Annual report on the Civil Veterinary Department, Burma (including the Insein Veterinary School) - 1923-1931
Year: 1923
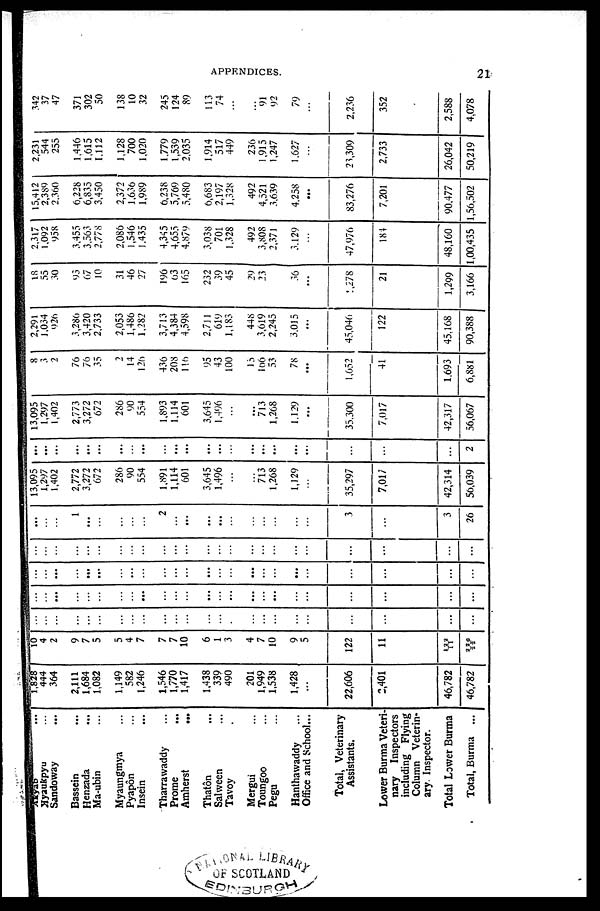
APPENDICES.
21
Akyah ...
Kyaukpyu ...
Sandoway ...
Bassein ...
Henzada ...
Ma-ubin ...
Myaungmya ...
Pyapôn ...
Insein ...
Tharrawaddy ...
Prome ...
Amherst
...
Thatôn ...
Salween ...
Tavoy ...
Mergui ...
Toungoo ...
Pegu ...
Hanthawaddy ...
Office and School...
Total, Veterinary
Assistants.
Lower Burma Veteri-
nary Inspectors
including Flying
Column Veterin-
ary Inspector.
Total Lower Burma
Total, Burma ...
1,828
444
364
2,111
1,684
1,082
1,149
582
1,246
1,546
1,770
1,417
1,438
339
490
201
1,949
1,538
1,428
...
22,606
2,401
46,782
46,782
10
4
2
9
7
5
5
4
7
7
7
10
6
1
3
4
7
10
9
5
122
11
122/ 11
226/ 22
...
...
...
...
...
...
...
...
...
...
...
...
...
...
...
...
...
...
...
...
...
...
...
...
...
...
...
...
...
...
...
...
...
...
...
...
...
...
...
...
...
...
...
...
...
...
...
...
...
...
...
...
...
...
...
...
...
...
...
...
...
...
...
...
...
...
...
...
...
...
...
...
...
...
...
...
...
...
...
...
...
...
...
...
...
...
...
...
...
...
...
...
...
...
...
...
...
...
...
1
...
...
...
...
...
2
...
...
...
...
...
...
...
...
...
...
3
...
3
26
13,095
1,297
1,402
2,772
3,272
672
286
90
554
1,891
1,114
601
3,645
1,496
...
...
713
1,268
1,129
...
35,297
7,017
42,314
56,039
...
...
...
...
...
...
...
...
...
...
...
...
...
...
...
...
...
...
2
13,095
1,297
1,402
2,773
3,272
672
286
90
554
1,893
1,114
601
3,645
1,496
...
...
713
1,268
1,129
...
35,300
7,017
42,317
56,067
8
3
2
76
76
35
2
14
126
436
208
116
95
43
100
15
166
53
78
...
1,652
41
1,693
6,881
2,291
1,034
926
3,286
3,420
2,733
2,053
1,486
1,282
3,713
4,384
4,598
2,711
619
1,183
448
3,619
2,245
3,015
...
45,046
122
45,168
90,388
18
55
30
95
67
10
31
46
27
196
63
165
232
39
45
29
23
36
...
1,278
21
1,299
3,166
2,317
1,092
958
3,455
3,563
2,778
2,086
1,546
1,435
4,345
4,655
4,879
3,038
701
1,328
492
3,808
2,371
3,129
...
47,976
184
48,160
1,00,435
15,412
2,389
2,360
6,228
6,835
3,450
2,372
1,636
1,989
6,238
5,769
5,480
6,683
2,197
1,328
492
4,521
3,639
4,258
...
83,276
7,201
90,477
1,56,502
2,231
544
255
1,446
1,615
1,112
1,128
700
1,020
1,779
1,539
2,035
1,914
517
449
236
1,915
1,247
1,627
...
23,309
2,733
26,042
50,219
342
37
47
371
302
50
138
10
32
245
124
89
113
74
...
...
91
92
79
...
2,236
352
2,588
4,078